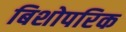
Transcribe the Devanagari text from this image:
बिशोपरिक